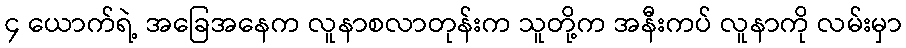
၄ ယောက်ရဲ့ အခြေအနေက လူနာစလာတုန်းက သူတို့က အနီးကပ် လူနာကို လမ်းမှာ